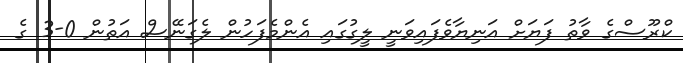
ކްރޫސްގެ ވާތު ފަޔަށް އަނިޔާވެފައިވަނީ ލީގުގައި އެންމެފަހުން ލެގަނޭސް އަތުން 0-3 ގެ